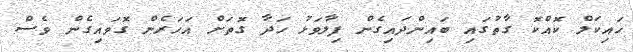
ހައިކަލް ކޮއްކޮ ގާތުގައި ބައިންދައިގެން ފިލާވަޅު ހަދާ ގޮތަށް އަހަރެން ގޮވައިގެން ވެސް